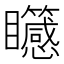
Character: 𥍒